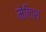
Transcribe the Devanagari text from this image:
मेलिश